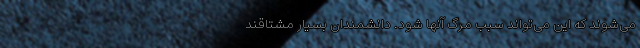
می‌شوند که این می‌تواند سبب مرگ آنها شود. دانشمندان بسیار مشتاقند